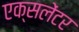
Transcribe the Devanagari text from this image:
एक्सलेंटर